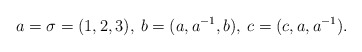
\begin{align*}a=\sigma=(1,2,3),\: b=(a,a^{-1},b),\: c=(c,a,a^{-1}).\end{align*}